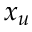
x _ { u }